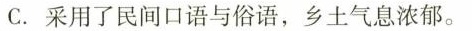
C.采用了民间口语与俗语，乡土气息浓郁。